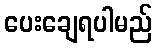
ပေးချေရပါမည်